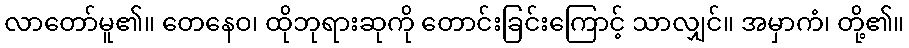
လာတော်မူ၏။ တေနေဝ၊ ထိုဘုရားဆုကို တောင်းခြင်းကြောင့် သာလျှင်။ အမှာကံ၊ တို့၏။